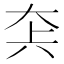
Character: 𡘂